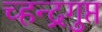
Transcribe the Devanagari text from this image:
च्हन्द्रगुप्त